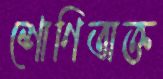
শোণিতাক্ত